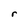
Character: r